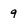
Character: 9